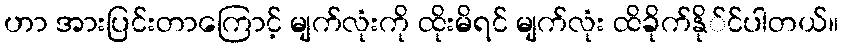
ဟာ အားပြင်းတာကြောင့် မျက်လုံးကို ထိုးမိရင် မျက်လုံး ထိခိုက်နို်င်ပါတယ်။